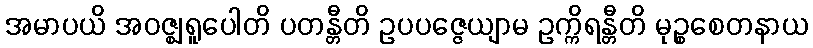
အမာပယိ အဝဇ္ဈရူပေါတိ ပတန္တီတိ ဥပပဇ္ဇေယျာမ ဥက္ကိရန္တီတိ မုဉ္စစေတနာယ